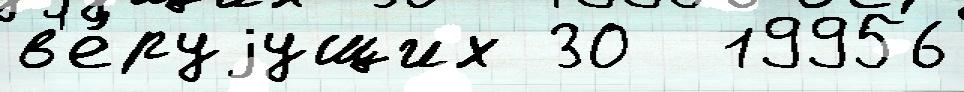
в'е́руjущих 30  19956